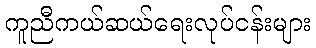
ကူညီကယ်ဆယ်ရေးလုပ်ငန်းများ